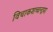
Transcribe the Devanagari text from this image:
विचाकशच्चन्द्रमा